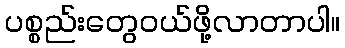
ပစ္စည်းတွေဝယ်ဖို့လာတာပါ။